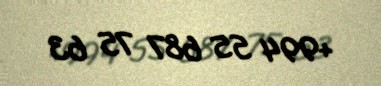
+994 55 687 75 63